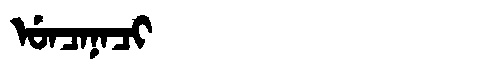
Manchu: ᡠᠨᠴᠠᠨᠠᠴᡳ
Romanization: UNCANACI